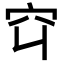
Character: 𬔅